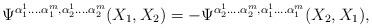
LaTeX: \begin{align*}\Psi^{\alpha_1^1....\alpha_1^m,\alpha_2^1....\alpha_2^m}(X_1,X_2)=-\Psi^{\alpha_2^1....\alpha_2^m,\alpha_1^1....\alpha_1^m}(X_2,X_1),\end{align*}